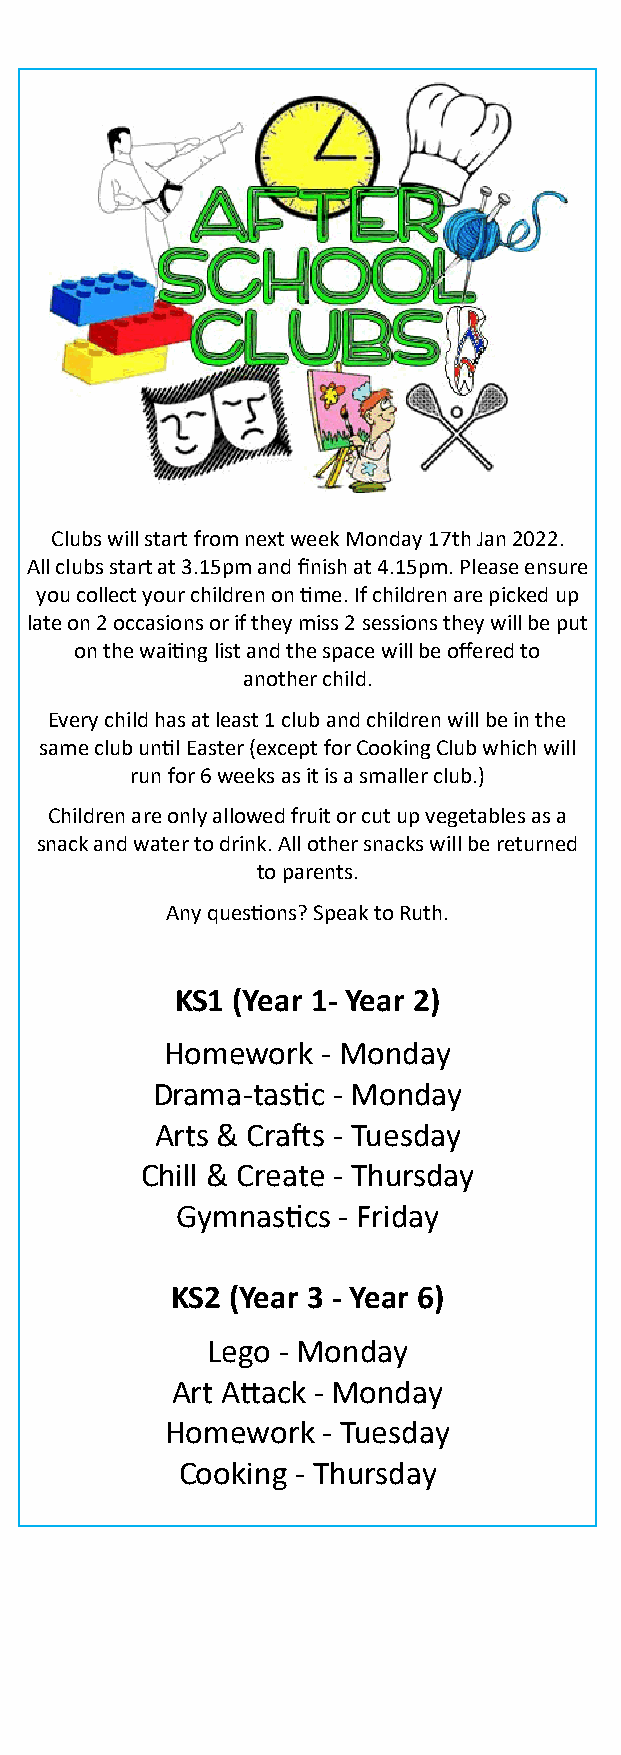
Clubs will start from next week Monday 17th Jan 2022.
 All clubs start at 3.15pm and finish at 4.15pm. Please ensure
 you collect your children on time. If children are picked up
 late on 2 occasions or if they miss 2 sessions they will be put
 on the waiting list and the space will be offered to
 another child.
 Every child has at least 1 club and children will be in the
 same club until Easter (except for Cooking Club which will
 run for 6 weeks as it is a smaller club.)
 Children are only allowed fruit or cut up vegetables as a
 snack and water to drink. All other snacks will be returned
 to parents.
 Any questions? Speak to Ruth.
 KS1 (Year 1- Year 2)
 Homework  - Monday
 Drama-tastic - Monday
 Arts & Crafts - Tuesday
 Chill & Create - Thursday
 Gymnastics - Friday
 KS2 (Year 3 - Year 6)
 Lego - Monday
 Art Attack - Monday
 Homework  - Tuesday
 Cooking - Thursday